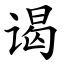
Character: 谒